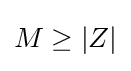
{\begin{aligned}M\geq |Z|\\\end{aligned}}